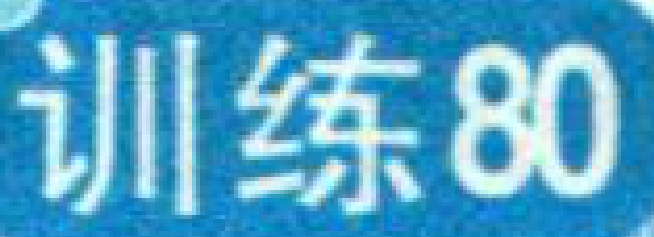
训练80